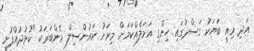
އަދި މިއީ ބަޔަކު ގަސްދުގައި ހިންގި އަމަލެއްކަމަށް މިރަށު ކައުންސިލް މެންބަރަކު "ކުޅުދުއްފުށީ